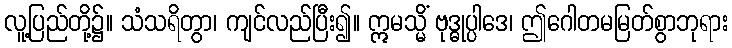
လူ့ပြည်တို့၌။ သံသရိတွာ၊ ကျင်လည်ပြီး၍။ ဣမသ္မိံ ဗုဒ္ဓုပ္ပါဒေ၊ ဤဂေါတမမြတ်စွာဘုရား